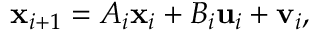
{ \mathbf { x } } _ { i + 1 } = A _ { i } \mathbf { x } _ { i } + B _ { i } \mathbf { u } _ { i } + \mathbf { v } _ { i } ,